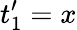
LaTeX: t_{1}^{\prime}=x